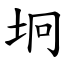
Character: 坰